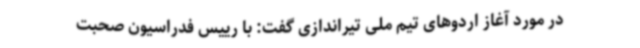
در مورد آغاز اردوهای تیم ملی تیراندازی گفت: با رییس فدراسیون صحبت